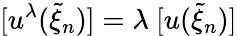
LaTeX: [u^{\lambda}(\widetilde{\xi}_{n})]=\lambda~[u(\widetilde{\xi}_{n})]